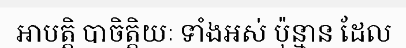
អាបត្តិ បាចិត្តិយៈ ទាំងអស់ ប៉ុន្មាន ដែល